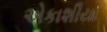
એકાશીયા